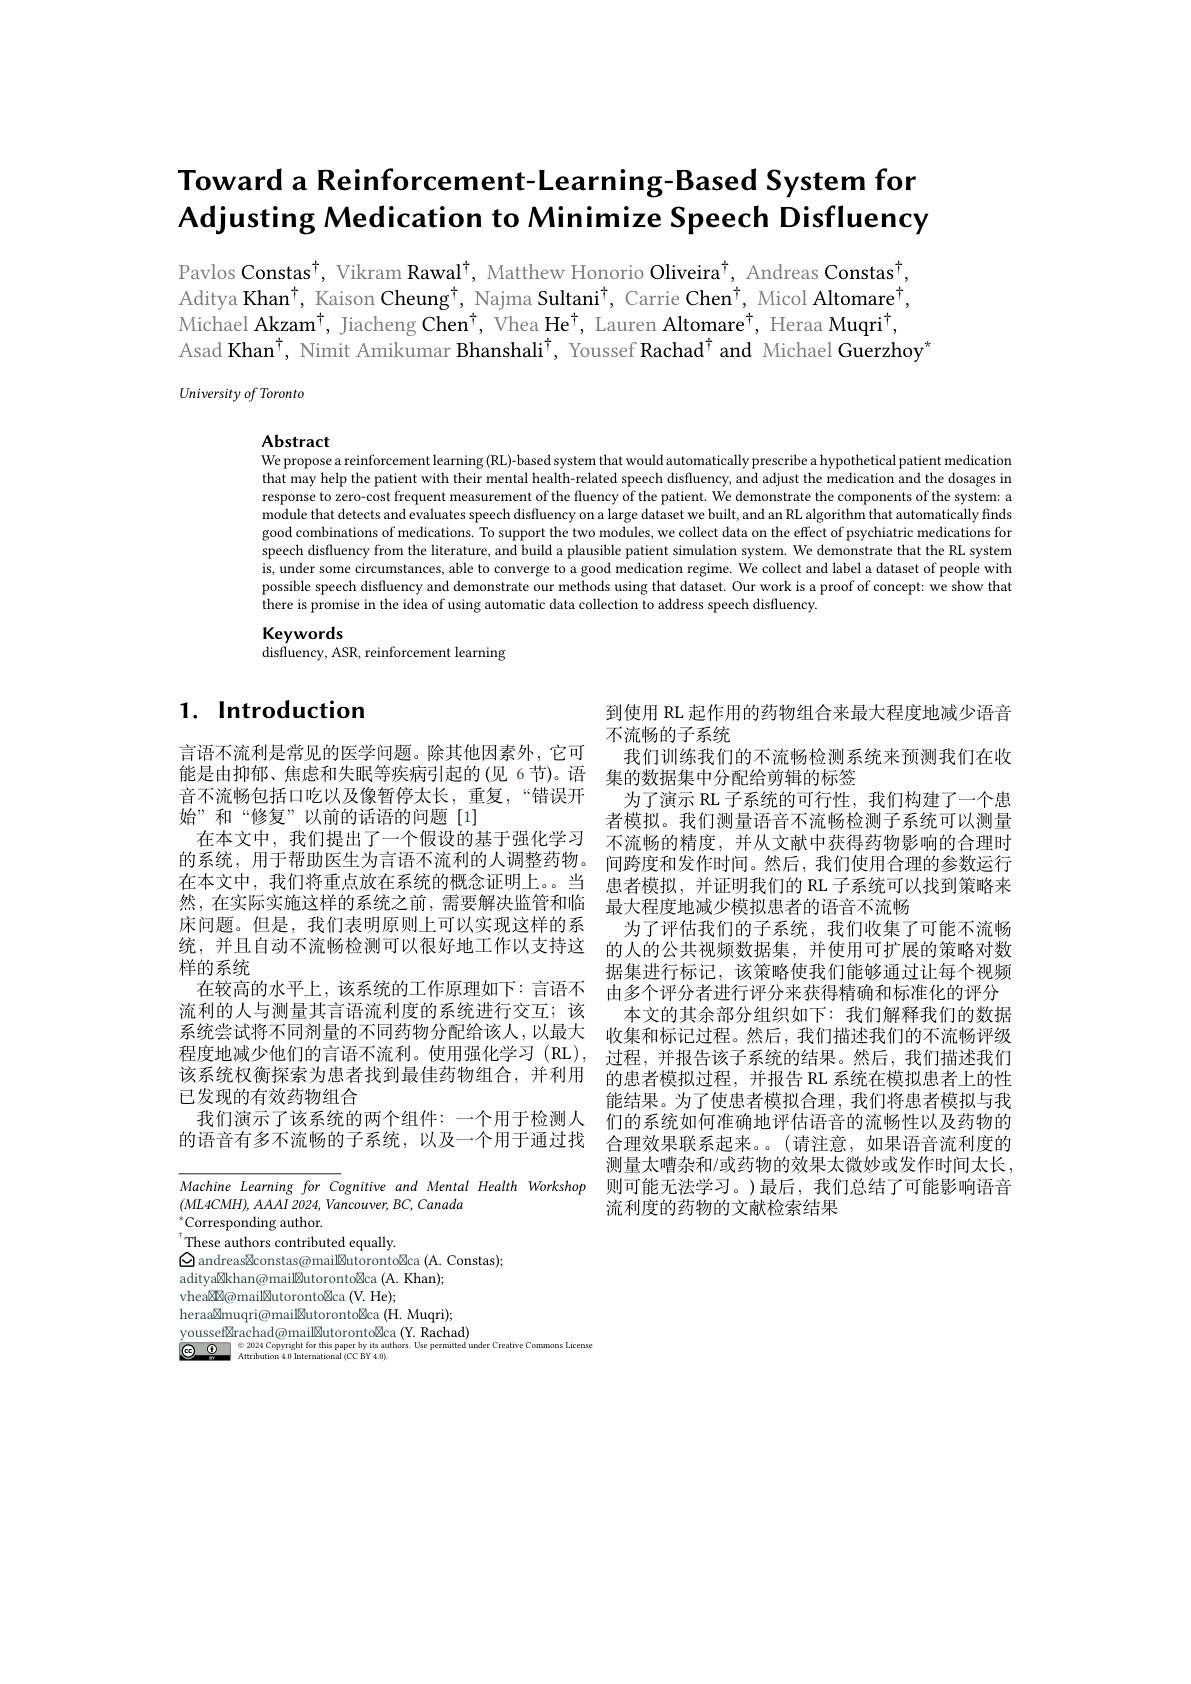
# Toward a Reinforcement-Learning-Based System for Adjusting Medication to Minimize Speech Disfluency

Pavlos Constas$^\dagger$, Vikram Rawal$^\dagger$, Matthew Honorio Oliveira$^\dagger$, Andreas Constas$^\dagger$, Aditya Khan$^{\dagger}$, Kaison Cheung$^{\dagger}$, Najma Sultani$^{\dagger}$, Carrie Chen$^{\dagger}$, Micol Altomare$^{\dagger}$, Michael Akzam$^\dagger$, Jiacheng Chen$^\dagger$, Vhea He$^\dagger$, Lauren Altomare$^\dagger$, Heraa Muqri$^\dagger$, Asad Khan$^{\dagger}$, Nimit Amikumar Bhanshali$^{\dagger}$, Youssef Rachad$^{\dagger}$ and Michael Guerzhoy$^{*}$

$University\textit{of Toronto}$

Abstract
We propose a reinforcement learning (RL)-based system that would automatically prescribe a hypothetical patient medication

that may help the patient with their mental health-related speech disfluency, and adjust the medication and the dosages in response to zero-cost frequent measurement of the fluency of the patient. We demonstrate the components of the system: a $\hat{\text{module that detects and evaluates speech disfluency on a large dataset we built, and an RL algorithm that automatically finds}}$ good combinations of medications. To support the two modules, we collect data on the effect of psychiatric medications for speech disfluency from the literature, and build a plausible patient simulation system. We demonstrate that the RL system is, under some circumstances, able to converge to a good medication regime. We collect and label a dataset of people with possible speech disfluency and demonstrate our methods using that dataset. Our work is a proof of concept: we show that there is promise in the idea of using automatic data collection to address speech disfluency.
Keywords

disfluency, ASR, reinforcement learning

# 1. Introduction

言语不流利是常见的医学问题。除其他因素外，它可 我们训练我们的不流畅检测系统来预测我们在收
能是由抑郁、焦虑和失眠等疾病引起的(见 6节)。语 集的数据集中分配给剪辑的标签
音不流畅包括口吃以及像暂停太长，重复，“错误开为了演示 RL子系统的可行性，我们构建了一个患
始”和“修复”以前的话语的问题[1]
在本文中，我们提出了一个假设的基于强化学习 不流畅的精度，并从文献中获得药物影响的合理时的系统，用于帮助医生为言语不流利的人调整药物。问跨度和发作时间。然后，我们使用合理的参数运行在本文中，我们将重点放在系统的概念证明上。。当 患者模拟，并证明我们的 RL 子系统可以找到策略来然，在实际实施这样的系统之前，需要解决监管和临 最大程度地减少模拟患者的语音不流畅
床问题。但是，我们表明原则上可以实现这样的系 为了评估我们的子系统，我们收集了可能不流畅统，并且自动不流畅检测可以很好地工作以支持这 的人的公共视频数据集，并使用可扩展的策略对数样的系统
在较高的水平上，该系统的工作原理如下：言语不 由多个评分者进行评分来获得精确和标准化的评分流利的人与测量其言语流利度的系统进行交互；该 本文的其余部分组织如下：我们解释我们的数据系统尝试将不同剂量的不同药物分配给该人，以最大 收集和标记过程。然后，我们描述我们的不流畅评级程度地减少他们的言语不流利。使用强化学习 (RL), 过程，并报告该子系统的结果。然后，我们描述我们该系统权衡探索为患者找到最佳药物组合，并利用 的患者模拟过程，并报告 RL 系统在模拟患者上的性已发现的有效药物组合
我们演示了该系统的两个组件：一个用于检测人的语音有多不流畅的子系统，以及一个用于通过找

到使用 RL 起作用的药物组合来最大程度地减少语音
不流畅的子系统
者模拟。我们测量语音不流畅检测子系统可以测量据集进行标记，该策略使我们能够通过让每个视频能结果。为了使患者模拟合理，我们将患者模拟与我们的系统如何准确地评估语音的流畅性以及药物的合理效果联系起来。(请注意，如果语音流利度的测量太嘈杂和/或药物的效果太微妙或发作时间太长， 则可能无法学习。)最后，我们总结了可能影响语音流利度的药物的文献检索结果

Machine Learning for Cognitive and Mental Health Workshop
$(ML4CMH),AAAI$ 2024, Vancouver, BC, Canada
${}_{+}^{*}$Corresponding author.
These authors contributed equally
$\Large{\Delta}$ andreas$\mathbb{Z}$constas@mail☒utoronto☒ca (A. Constas);
aditya☒khan@mail☒utoronto☒ca (A. Khan);
vhea☒k@mail☒utoronto☒ca (V. He);
heraa$\mathbb{Z}$muqri@mail☒utoronto☒ca (H. Muqri);
youssef$\overline\text{区rachad@mail}\boxtimes$utoronto☒ca (Y. Rachad)
$\textcircled{\mathrm{G}}\textcircled{0}$   $\otimes$ 2024 Copyright for this paper by its authors. Use permitted under Creative Commons License Attribution 4.0 International (CC BY $4.0)_-$